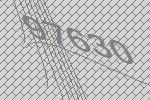
97630